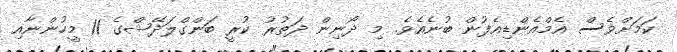
ކަމަށްވެސް އެމްއެންޑިއެފުން ބުނެއެވެ. މި ދޯނިން ދަތުރު ކުރީ ބަންގްލަދޭޝްގެ 11 މީހުންނާއި